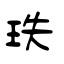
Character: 玞